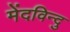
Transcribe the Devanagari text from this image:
मेंदविन्दु